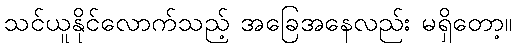
သင်ယူနိုင်လောက်သည့် အခြေအနေလည်း မရှိတော့။